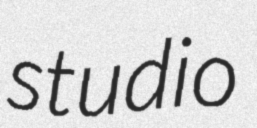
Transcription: studio